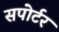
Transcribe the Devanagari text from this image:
सपोर्टर